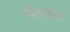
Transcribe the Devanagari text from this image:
सेंतावोस